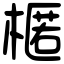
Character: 𣘗